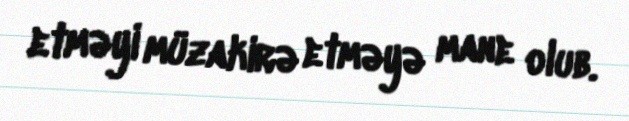
etməyi müzakirə etməyə mane olub.